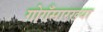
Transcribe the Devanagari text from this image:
गोगँसारख्या